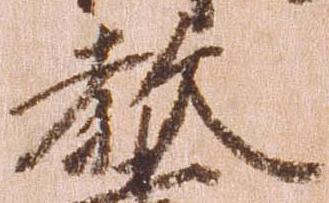
教